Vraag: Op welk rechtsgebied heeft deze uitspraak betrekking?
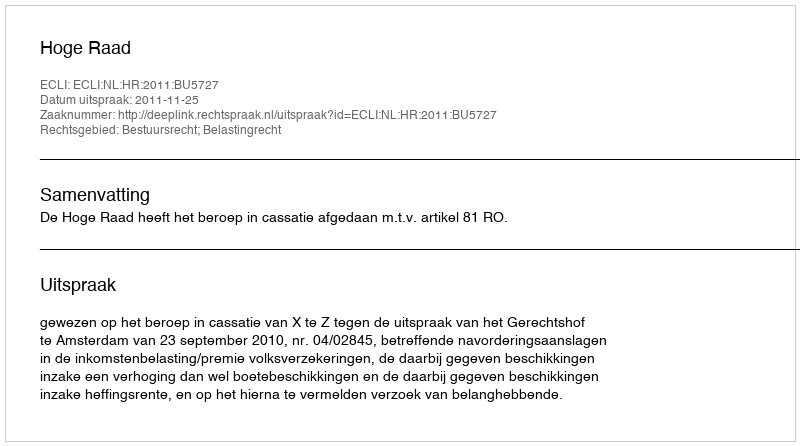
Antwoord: Bestuursrecht; Belastingrecht